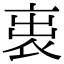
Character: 𧙉